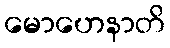
မောဟေနာတိ